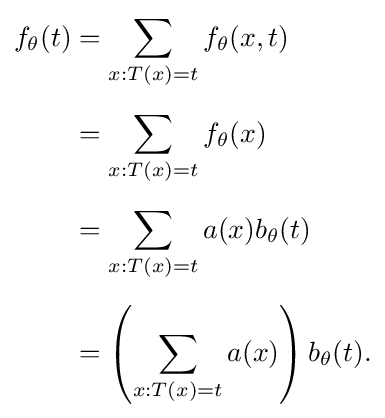
{\begin{aligned}f_{\theta }(t)&=\sum _{x:T(x)=t}f_{\theta }(x,t)\\[5pt]&=\sum _{x:T(x)=t}f_{\theta }(x)\\[5pt]&=\sum _{x:T(x)=t}a(x)b_{\theta }(t)\\[5pt]&=\left(\sum _{x:T(x)=t}a(x)\right)b_{\theta }(t).\end{aligned}}